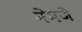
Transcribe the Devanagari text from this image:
नेमणे